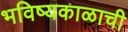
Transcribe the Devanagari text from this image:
भविष्यकाळाची